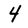
Character: 4